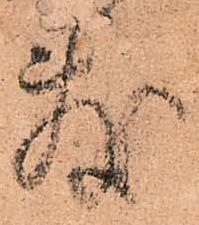
敷